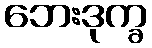
ဘေးဒုက္ခ